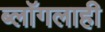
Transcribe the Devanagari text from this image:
ब्लॉगलाही